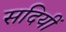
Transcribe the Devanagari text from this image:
सदियीं